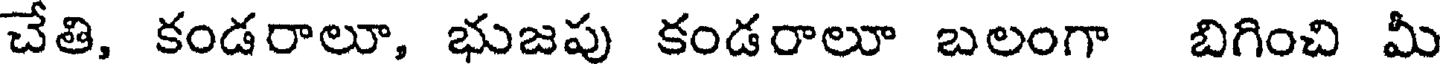
చేతి, కండరాలూ, భుజపు కండరాలూ బలంగా బిగించి మీ